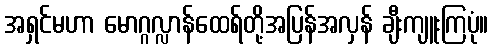
အရှင်မဟာ မောဂ္ဂလ္လာန်ထေရ်တို့အပြန်အလှန် ချီးကျူးကြပုံ။